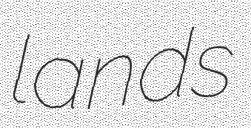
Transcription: lands